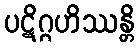
ပဋိဂ္ဂဟိဿန္တိ